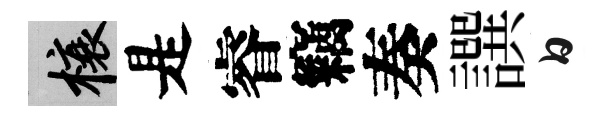
榱是睿竊奏譔白